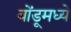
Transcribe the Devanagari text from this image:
बोंडूमध्ये